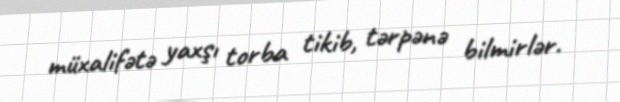
müxalifətə yaxşı torba tikib, tərpənə bilmirlər.